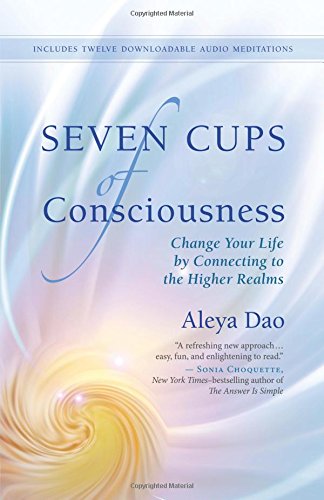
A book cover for Seven Cups of Consciousness: Change Your Life by Connecting to the Higher Realms; Aleya Dao; Self-Help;